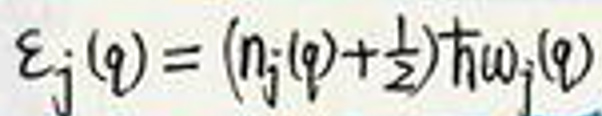
\(\varepsilon_{j}(q)=(n_{j}(q)+\frac{1}{2})\hbar\omega_{j}(q)\)